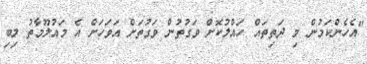
"އެހެންކަމުން މި ދަތިތައް ހައްލުކޮށް ވަގުތުން ވަގުތަށް އަވަހަށް އެ މައުލޫމާތު ލިބި